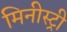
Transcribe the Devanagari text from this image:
मिनीस्‍ट्री